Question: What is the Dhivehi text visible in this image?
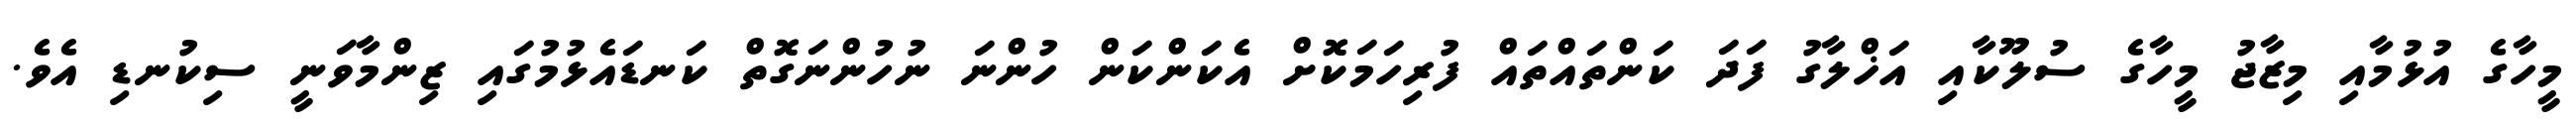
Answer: މީހާގެ އުޅުމާއި މިޒާޖު މީހާގެ ސުލޫކާއި އަޚްލާގު ފަދަ ކަންތައްތައް ފުރިހަމަކޮށް އެކަންކަން ހުންނަ ނުހުންނަގޮތް ކަނޑައެޅުމުގައި ޒިންމާވަނީ ސިކުނޑި އެވެ.